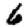
Digit: 6